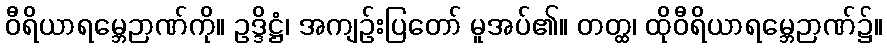
ဝီရိယာရမ္ဘေဉာဏ်ကို။ ဥဒ္ဒိဋ္ဌံ၊ အကျဉ်းပြတော် မူအပ်၏။ တတ္ထ၊ ထိုဝီရိယာရမ္ဘေဉာဏ်၌။